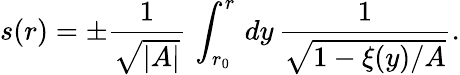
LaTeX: s(r)=\pm\frac{1}{\sqrt{\vert A\vert}}\, \int_{r_{0}}^{r}\, dy\, \frac{1}{\sqrt{1-\xi(y)/A}}.